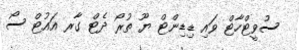
ސުވީޓްހާޓް ވައި ޑިޑިންޓް ޔޫ ތުރޯ ދެޓް ގާރ އައުޓް ސޯ